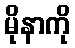
မိုနာကို